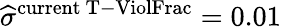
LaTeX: \widehat\sigma^{\mathrm{current\ T-ViolFrac}}=0.01